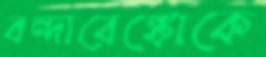
বন্দারেঙ্কোকে